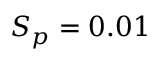
S _ { p } = 0 . 0 1